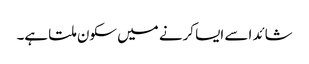
شائد اسے ایسا کرنے میں سکون ملتا ہے۔